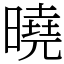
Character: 曉